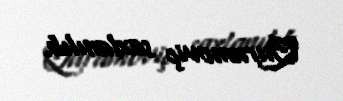
Quramoviç saxlanılıb.